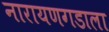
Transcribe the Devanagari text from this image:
नारायणगडाला